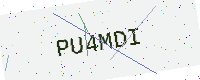
Text: PU4MDI